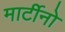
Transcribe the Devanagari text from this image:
मार्टीनो